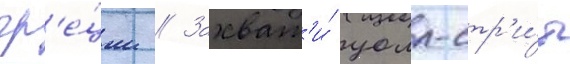
гр'е́ции // Захват'и́ уолл-стр'и́т